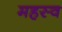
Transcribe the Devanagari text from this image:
महस्व